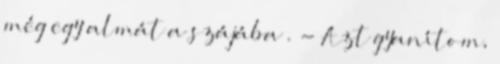
még egy almát a szájába . - Azt gyanítom,